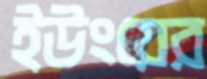
ইউংয়ের